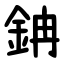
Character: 䤡